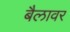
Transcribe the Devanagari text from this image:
बैलावर